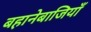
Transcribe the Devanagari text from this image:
बहानेबाजियाँ